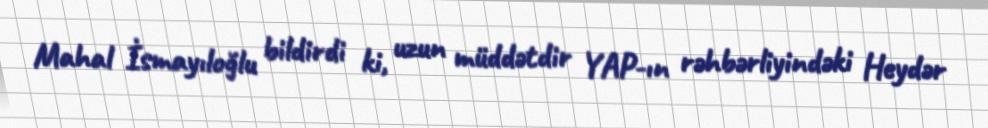
Mahal İsmayıloğlu bildirdi ki, uzun müddətdir YAP-ın rəhbərliyindəki Heydər